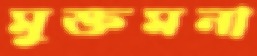
মুক্তমনা